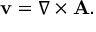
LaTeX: \mathbf { v } = \nabla \times \mathbf { A } .